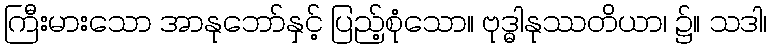
ကြီးမားသော အာနုဘော်နှင့် ပြည့်စုံသော။ ဗုဒ္ဓါနုဿတိယာ၊ ၌။ သဒါ၊